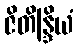
ဇိတိန္ဒြိယံ